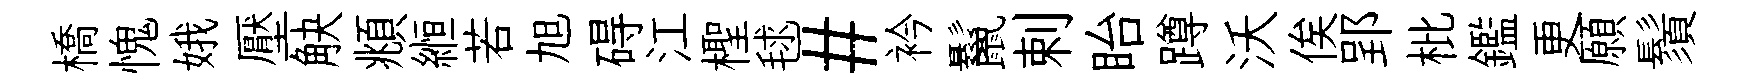
橋愧娥壓觖頫縆若旭碍江檉毬#衿鬣剌眙蹲沃俟郢枇鑑更願鬚